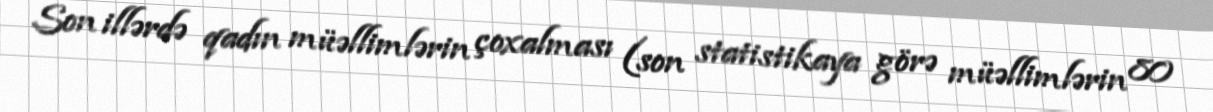
Son illərdə qadın müəllimlərin çoxalması (son statistikaya görə müəllimlərin 80